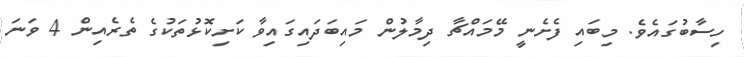
ހިސާބުގައެވެ. މިބައި ފެށެނީ މޭމައްޗާ ދިމާލުން މައިބަދައިގައިވާ ކަށިކޮޅުތަކުގެ ތެރެއިން 4 ވަނަ